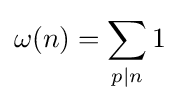
\omega (n)=\sum _{p\mid n}1